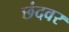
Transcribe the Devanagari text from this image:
छंदवर